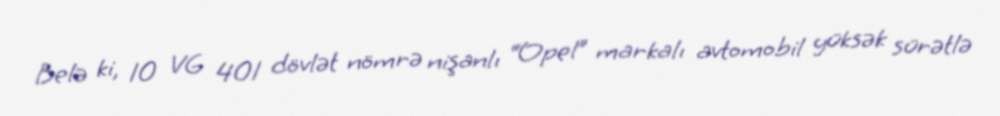
Belə ki, 10 VG 401 dövlət nömrə nişanlı “Opel” markalı avtomobil yüksək sürətlə